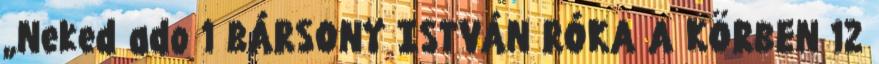
„Neked ado 1 BÁRSONY ISTVÁN RÓKA A KÖRBEN 12